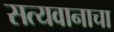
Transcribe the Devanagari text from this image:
सत्यवानाचा